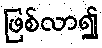
ဖြစ်လာ၍